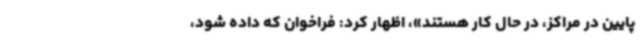
پایین در مراکز، در حال کار هستند»، اظهار کرد: فراخوان که داده شود،